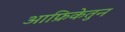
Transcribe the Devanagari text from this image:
आफ्रिकेतुन